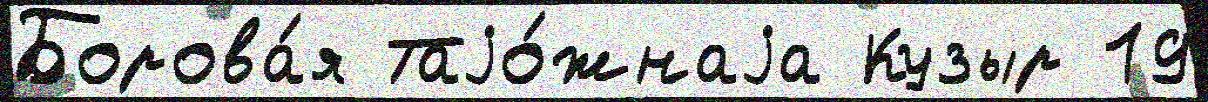
Борова́я Таjо́жнаjа Кузыр 19